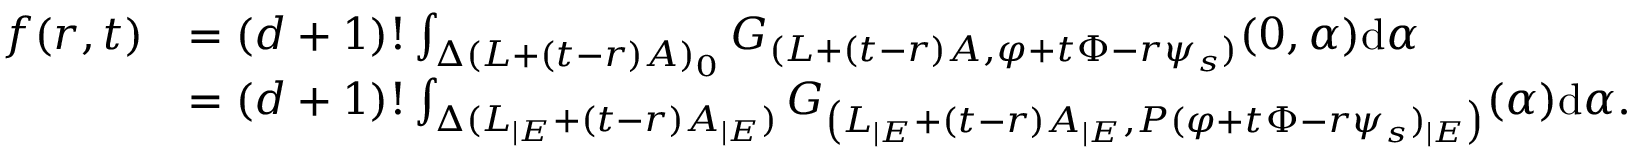
\begin{array} { r l } { f ( r , t ) } & { = ( d + 1 ) ! \int _ { \Delta ( L + ( t - r ) A ) _ { 0 } } G _ { ( L + ( t - r ) A , \varphi + t \Phi - r \psi _ { s } ) } ( 0 , \alpha ) \mathrm { d } \alpha } \\ & { = ( d + 1 ) ! \int _ { \Delta ( L _ { | E } + ( t - r ) A _ { | E } ) } G _ { \left( L _ { | E } + ( t - r ) A _ { | E } , P ( \varphi + t \Phi - r \psi _ { s } ) _ { | E } \right) } ( \alpha ) \mathrm { d } \alpha . } \end{array}